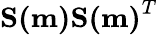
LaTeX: \mathbf{S(m)S(m)}^{T}